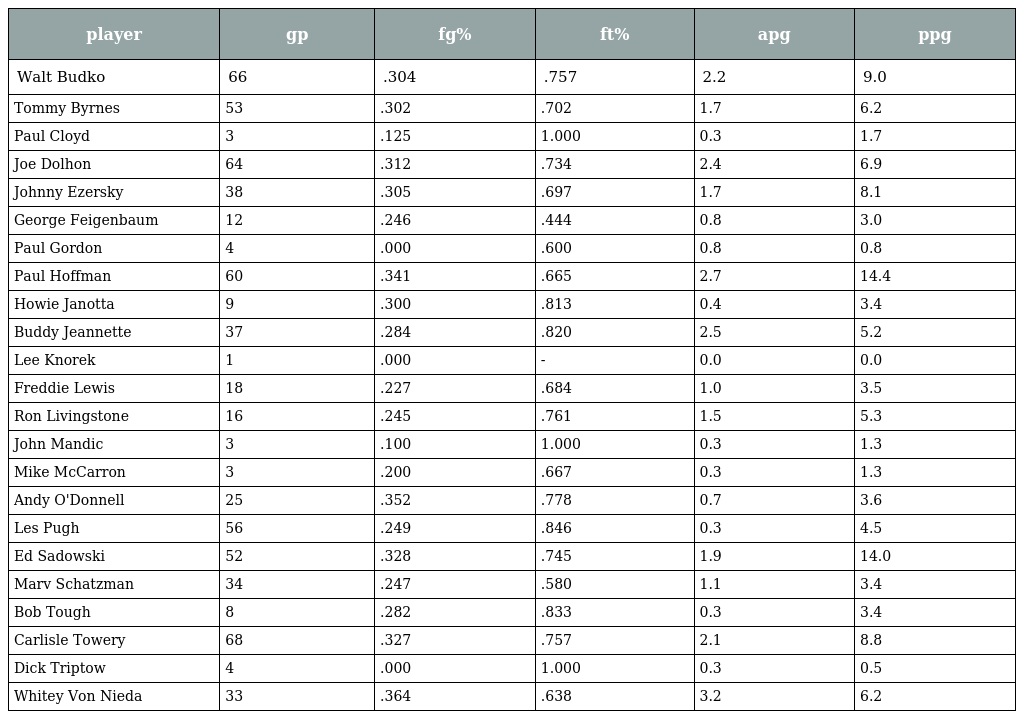
| player | gp | fg% | ft% | apg | ppg |
 | --- | --- | --- | --- | --- | --- |
 | Walt Budko | 66 | .304 | .757 | 2.2 | 9.0 |
 | Tommy Byrnes | 53 | .302 | .702 | 1.7 | 6.2 |
 | Paul Cloyd | 3 | .125 | 1.000 | 0.3 | 1.7 |
 | Joe Dolhon | 64 | .312 | .734 | 2.4 | 6.9 |
 | Johnny Ezersky | 38 | .305 | .697 | 1.7 | 8.1 |
 | George Feigenbaum | 12 | .246 | .444 | 0.8 | 3.0 |
 | Paul Gordon | 4 | .000 | .600 | 0.8 | 0.8 |
 | Paul Hoffman | 60 | .341 | .665 | 2.7 | 14.4 |
 | Howie Janotta | 9 | .300 | .813 | 0.4 | 3.4 |
 | Buddy Jeannette | 37 | .284 | .820 | 2.5 | 5.2 |
 | Lee Knorek | 1 | .000 | - | 0.0 | 0.0 |
 | Freddie Lewis | 18 | .227 | .684 | 1.0 | 3.5 |
 | Ron Livingstone | 16 | .245 | .761 | 1.5 | 5.3 |
 | John Mandic | 3 | .100 | 1.000 | 0.3 | 1.3 |
 | Mike McCarron | 3 | .200 | .667 | 0.3 | 1.3 |
 | Andy O'Donnell | 25 | .352 | .778 | 0.7 | 3.6 |
 | Les Pugh | 56 | .249 | .846 | 0.3 | 4.5 |
 | Ed Sadowski | 52 | .328 | .745 | 1.9 | 14.0 |
 | Marv Schatzman | 34 | .247 | .580 | 1.1 | 3.4 |
 | Bob Tough | 8 | .282 | .833 | 0.3 | 3.4 |
 | Carlisle Towery | 68 | .327 | .757 | 2.1 | 8.8 |
 | Dick Triptow | 4 | .000 | 1.000 | 0.3 | 0.5 |
 | Whitey Von Nieda | 33 | .364 | .638 | 3.2 | 6.2 |